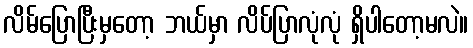
လိမ်ပြောပြီးမှတော့ ဘယ်မှာ လိပ်ပြာလုံလုံ ရှိပါတော့မလဲ။